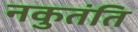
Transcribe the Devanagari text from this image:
नकुतंति